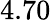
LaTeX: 4.70